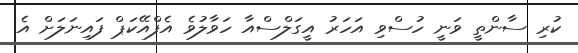
ކުރި ސާންތީ ވަނީ ހުސްވި އަހަރު އީގަލްސްއާ ހަވާލުވެ އެފްއޭކަޕް ފައިނަލަށް އެ